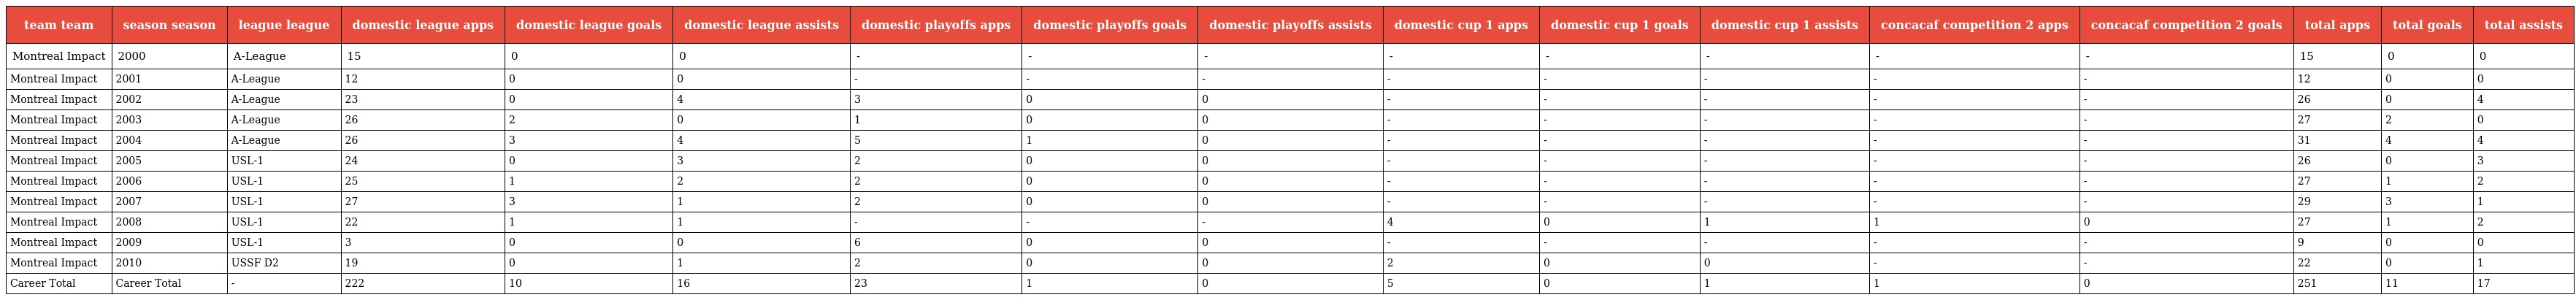
| team team | season season | league league | domestic league apps | domestic league goals | domestic league assists | domestic playoffs apps | domestic playoffs goals | domestic playoffs assists | domestic cup 1 apps | domestic cup 1 goals | domestic cup 1 assists | concacaf competition 2 apps | concacaf competition 2 goals | total apps | total goals | total assists |
 | --- | --- | --- | --- | --- | --- | --- | --- | --- | --- | --- | --- | --- | --- | --- | --- | --- |
 | Montreal Impact | 2000 | A-League | 15 | 0 | 0 | - | - | - | - | - | - | - | - | 15 | 0 | 0 |
 | Montreal Impact | 2001 | A-League | 12 | 0 | 0 | - | - | - | - | - | - | - | - | 12 | 0 | 0 |
 | Montreal Impact | 2002 | A-League | 23 | 0 | 4 | 3 | 0 | 0 | - | - | - | - | - | 26 | 0 | 4 |
 | Montreal Impact | 2003 | A-League | 26 | 2 | 0 | 1 | 0 | 0 | - | - | - | - | - | 27 | 2 | 0 |
 | Montreal Impact | 2004 | A-League | 26 | 3 | 4 | 5 | 1 | 0 | - | - | - | - | - | 31 | 4 | 4 |
 | Montreal Impact | 2005 | USL-1 | 24 | 0 | 3 | 2 | 0 | 0 | - | - | - | - | - | 26 | 0 | 3 |
 | Montreal Impact | 2006 | USL-1 | 25 | 1 | 2 | 2 | 0 | 0 | - | - | - | - | - | 27 | 1 | 2 |
 | Montreal Impact | 2007 | USL-1 | 27 | 3 | 1 | 2 | 0 | 0 | - | - | - | - | - | 29 | 3 | 1 |
 | Montreal Impact | 2008 | USL-1 | 22 | 1 | 1 | - | - | - | 4 | 0 | 1 | 1 | 0 | 27 | 1 | 2 |
 | Montreal Impact | 2009 | USL-1 | 3 | 0 | 0 | 6 | 0 | 0 | - | - | - | - | - | 9 | 0 | 0 |
 | Montreal Impact | 2010 | USSF D2 | 19 | 0 | 1 | 2 | 0 | 0 | 2 | 0 | 0 | - | - | 22 | 0 | 1 |
 | Career Total | Career Total | - | 222 | 10 | 16 | 23 | 1 | 0 | 5 | 0 | 1 | 1 | 0 | 251 | 11 | 17 |